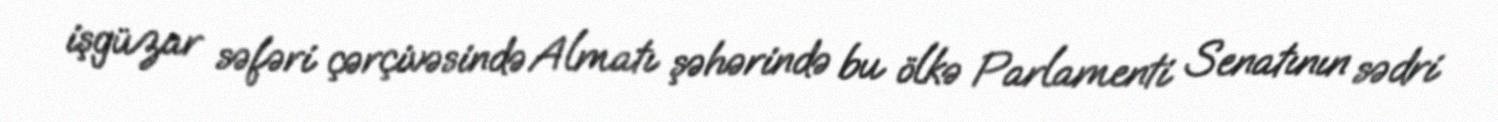
işgüzar səfəri çərçivəsində Almatı şəhərində bu ölkə Parlamenti Senatının sədri